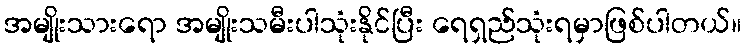
အမျိုးသားရော အမျိုးသမီးပါသုံးနိုင်ပြီး ရေရှည်သုံးရမှာဖြစ်ပါတယ်။